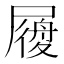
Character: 𡳐